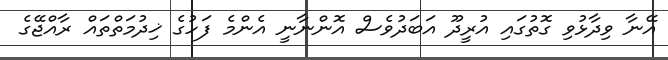
އޭނާ ވިދާޅުވި ގޮތުގައި އުރީދޫ އަބަދުވެސް އޮންނާނީ އެންމެ ފަހުގެ ޚިދުމަތްތައް ރާއްޖޭގެ